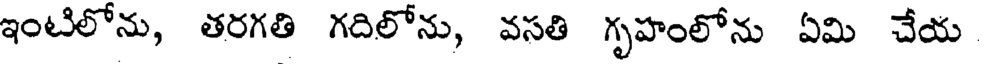
ఇంటిలోను, తరగతి గదిలోను, వసతి గృహంలోను ఏమి చేయ